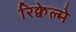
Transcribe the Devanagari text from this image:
रिक्वेल्मे